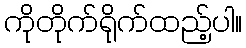
ကိုတိုက်ရိုက်ထည့်ပါ။